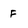
Character: F